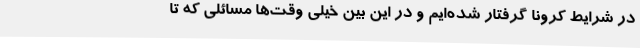
در شرایط کرونا گرفتار شده‌ایم و در این بین خیلی وقت‌ها مسائلی که تا